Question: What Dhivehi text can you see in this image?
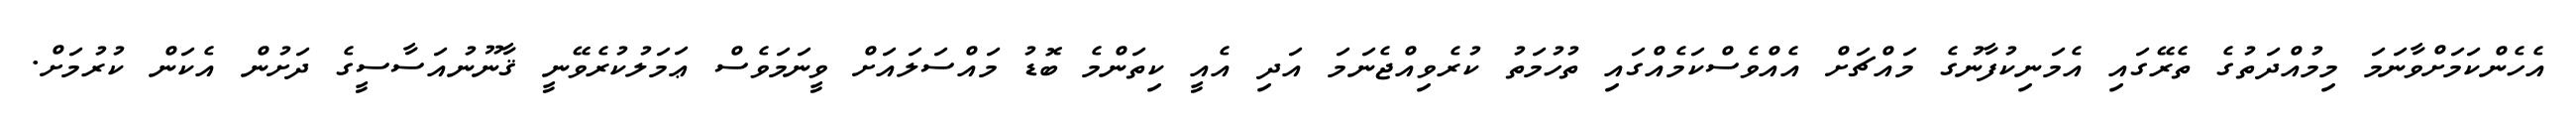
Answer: އެހެންކަމަށްވާނަމަ މިމުއްދަތުގެ ތެރޭގައި އެމަނިކުފާނުގެ މައްޗަށް އެއްވެސްކަމެއްގައި ތުހުމަތު ކުރެވިއްޖެނަމަ އަދި އެއީ ކިތަންމެ ބޮޑު މައްސަލައަށް ވީނަމަވެސް ޢަމަލުކުރެވޭނީ ޤާނޫނުއަސާސީގެ ދަށުން އެކަން ކުރުމަށް.